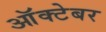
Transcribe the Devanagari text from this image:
आॅक्टेबर